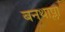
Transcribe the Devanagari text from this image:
बनथाप्ला